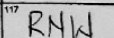
Transcription: RNW